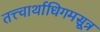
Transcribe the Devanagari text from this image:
तत्त्वार्थाधिगमसूत्र